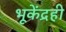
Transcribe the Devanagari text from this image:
भूकेंद्रही